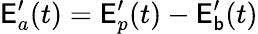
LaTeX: \mathsf{E}_{a}^{\prime}(t)=\mathsf{E}_{p}^{\prime}(t)-\mathsf{E}_{\mathsf{b}}^{\prime}(t)